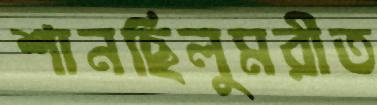
শানছিলুমরীত